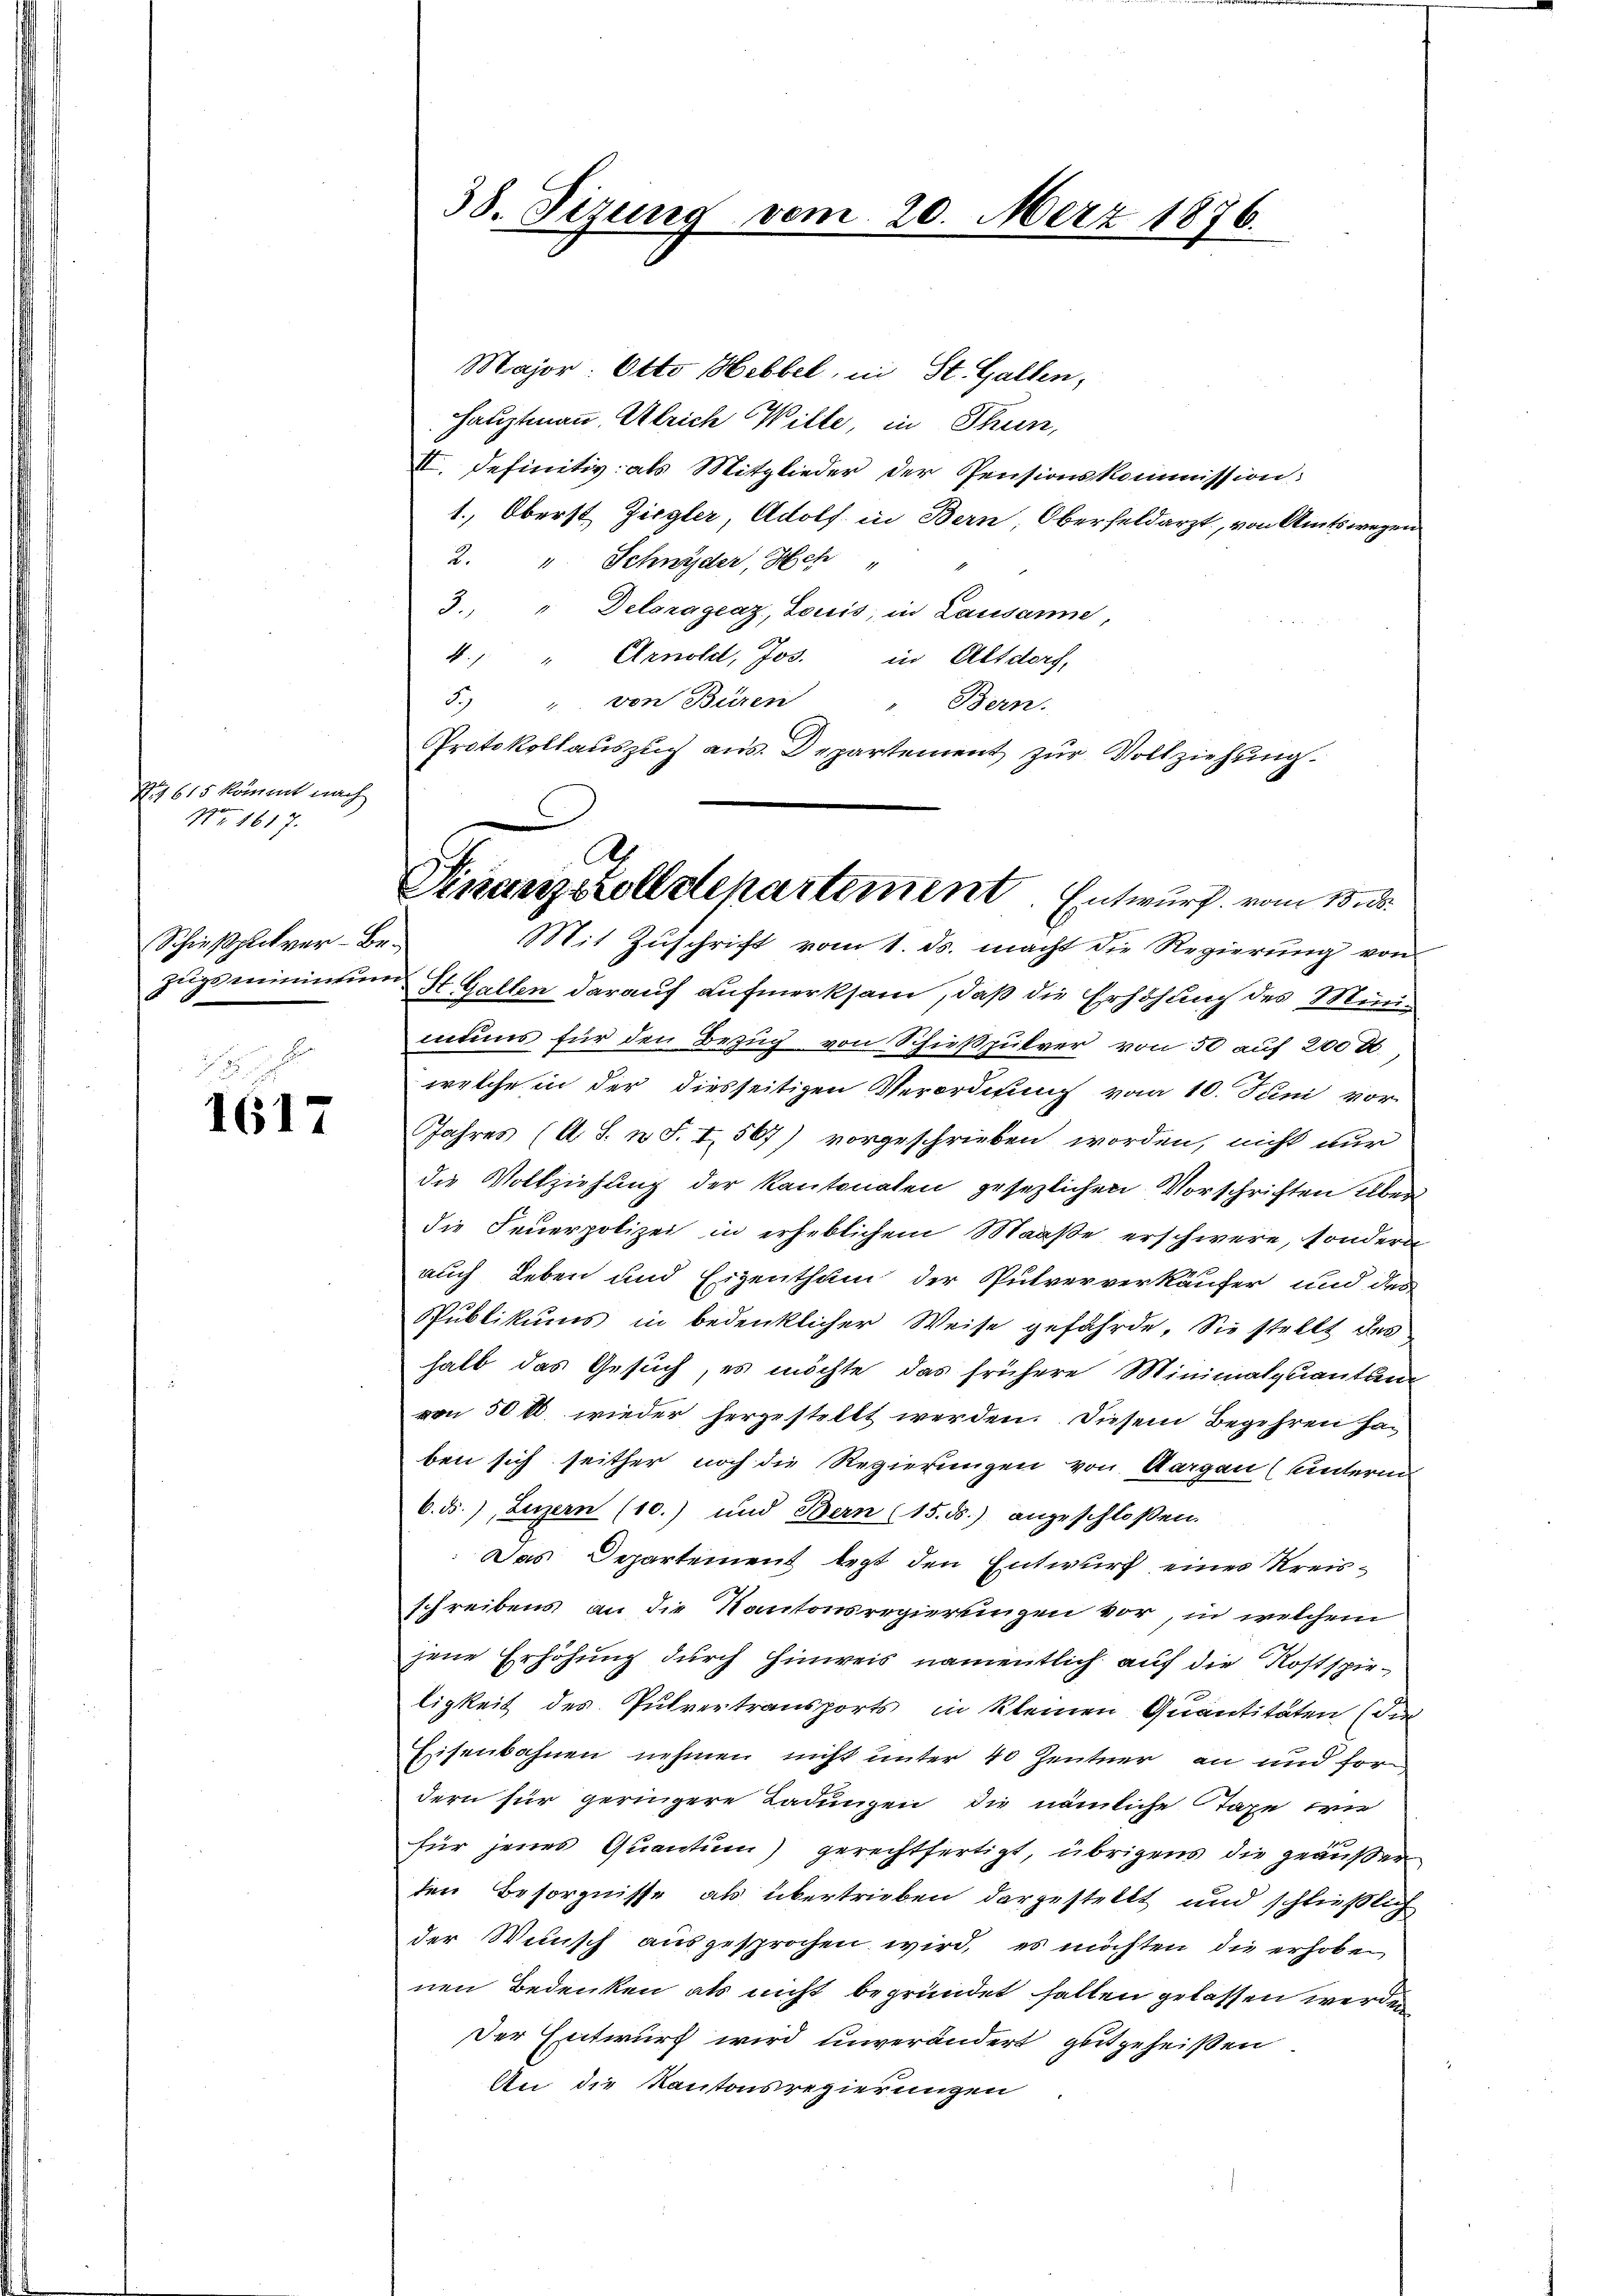
S. 615 kömmt nach
Nr 1617.

Schießplitver-Be¬

1617

38. Sizung vom 20. März 1876.

Major. Otto Hebbel, in St. Gallen,
Hauptmann Ulrich Wille, in Thun,
II. Definitiv als Mitglieder der Pensionskommission.
1., Oberst Ziegler, Adolf in Bern, Oberfeldarzt, von Amtswegen
2. " Schnyder, Hch "
3. " Delaragraz, Louis, in Lausanne,
4. " " Arnold, Jos. in Altdorf,
5.) " von Büren " Bern.
Protokollauszug aus. Departement zur Vollziehung.

Finanzzolldepartement. Entwurf vom 13. ds.
Mit Zuschrift vom 1. ds. macht die Regierung von

Zugsminictum St. Gallen darauf aufmerksam, daß die Erhöhung des Minimuns für den Bezug von Schießpulver von 50 auf 200 M.,
welche in der diesseitigen Verordnung vom 10. Juni vor
Jahres (A. S. n. F. I 567) vorgeschrieben worden, nicht nur
die Vollziehung der Kantonaten gesezlichen Vorschriften eben
die Feuerpolizei in erheblichem Maaße erschwere, sondern
auch Leben und Eigenthum der Pulververkäufer und des
Publikums in bedenklicher Weise gefährde. Sie stellt das
halb das Gesuch, es möchte das frühere Minimalquantum
von 50 l. wieder hergestellt werden. Diesem Begehren haben sich seither noch die Regierungen von Aargau (unterm
6.d.), Luzern (10.) und Bern (15. ds.) angeschloßen.
Das Departement legt den Entwurf eines Kreisschreibens, an die Kantonsregierungen vor, in welchem
jene Erhöhung durch Einweis namentlich auf die Kostspieligkeit des Pulvertransports in kleinen Quantitäten (die
Eisenbahnen nehmen nicht unter 40 Zentner an und fordern für geringere Ladungen die nämliche Taxe wie
für jenes Quantum) gerechtfertigt, übrigens die geäußer
ten Besorgnisse als übertrieben dargestellt und schließlich
der Wunsch ausgesprochen wird, es möchten die erhoben
nen Bedenken als nicht begründet fallen gelassen werden
Der Entwurf wird unverändert gutgeheißen.
An die Kantonsregierungen